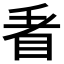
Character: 𭾩